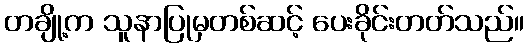
တချို့က သူနာပြုမှတစ်ဆင့် ပေးခိုင်းတတ်သည်။